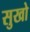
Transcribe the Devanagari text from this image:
सुखो